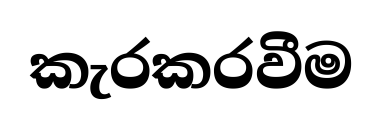
කැරකරවීම